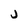
Character: j